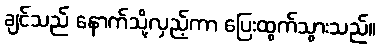
ချင်သည် နောက်သို့လှည့်ကာ ပြေးထွက်သွားသည်။